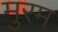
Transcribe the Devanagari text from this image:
मुरम